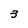
Character: 3